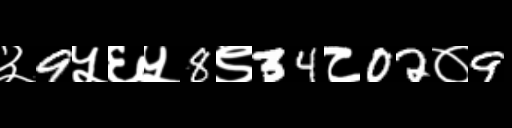
Text: ३9५६५8९34८02०9